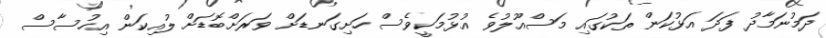
ދަމުނަމާދު ފަދަ އަޅުކަން ތަކުގައި މަސްއޫލުވެ އުޅުމަކީވެސް ހަށިގަނޑަށް ވަރަށްބޮޑަށް ލުއިކަން އިހުސާސް